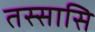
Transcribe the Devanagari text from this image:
तस्सासि